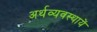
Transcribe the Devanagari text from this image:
अर्थव्यवस्थायें